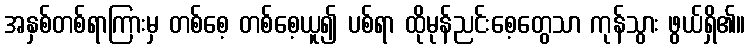
အနှစ်တစ်ရာကြားမှ တစ်စေ့ တစ်စေ့ယူ၍ ပစ်ရာ ထိုမုန်ညင်းစေ့တွေသာ ကုန်သွား ဖွယ်ရှိ၏။